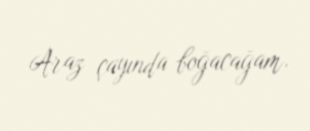
Araz çayında boğacağam.